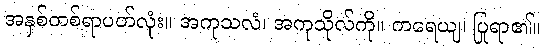
အနှစ်တစ်ရာပတ်လုံး။ အကုသလံ၊ အကုသိုလ်ကို။ ကရေယျ၊ ပြုရာ၏။